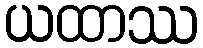
ယထာဿ